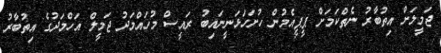
ޖަމީލަށް އިތުބާރު ނެތްކަމަށް ޕީޕީއެމުން ހުށަހަޅަނީނައިބު ރައީސް މުހައްމަދު ޖަމީލް އަހްމަދުގެ އިތުބާރު